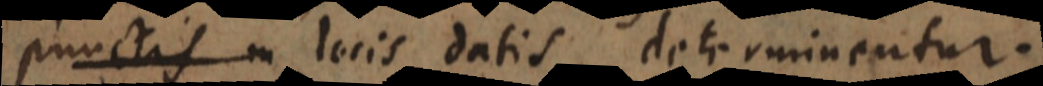
us locis datis determinentur.